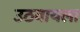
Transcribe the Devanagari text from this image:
उठवायला